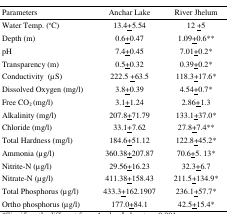
<table><thead><tr><td><b>Parameters</b></td><td><b>Anchar Lake</b></td><td><b>River Jhelum</b></td></tr></thead><tbody><tr><td>Water Temp. (°C)</td><td>13.4±5.54</td><td>12 ±5</td></tr><tr><td>Depth (m)</td><td>0.6±0.47</td><td>1.09±0.6*</td></tr><tr><td>pH</td><td>7.4±0.45</td><td>7.01±0.2*</td></tr><tr><td>Transparency (m)</td><td>0.5±0.32</td><td>0.39±0.2*</td></tr><tr><td>Conductivity (μS)</td><td>222.5 ±63.5</td><td>118.3±17.6*</td></tr><tr><td>Dissolved Oxygen (mg/l)</td><td>3.8±0.39</td><td>4.54±0.7*</td></tr><tr><td>Free CO<sub>2</sub> (mg/l)</td><td>3.1±1.24</td><td>2.86±1.3</td></tr><tr><td>Alkalinity (mg/l)</td><td>207.8±71.79</td><td>133.1±37.0*</td></tr><tr><td>Chloride (mg/l)</td><td>33.1±7.62</td><td>27.8±7.4**</td></tr><tr><td>Total Hardness (mg/l)</td><td>184.6±51.12</td><td>122.8±45.2*</td></tr><tr><td>Ammonia (μg/l)</td><td>360.38±207.87</td><td>70.6±5. 13*</td></tr><tr><td>Nitrite-N (μg/l)</td><td>29.56±16.23</td><td>32.3±6.7</td></tr><tr><td>Nitrate-N (μg/l)</td><td>411.38±158.43</td><td>211.5±134.9*</td></tr><tr><td>Total Phosphorus (μg/l)</td><td>433.3±162.1907</td><td>236.1±57.7*</td></tr><tr><td>Ortho phosphorus (μg/l)</td><td>177.0±84.1</td><td>42.5±15.4*</td></tr></tbody></table>